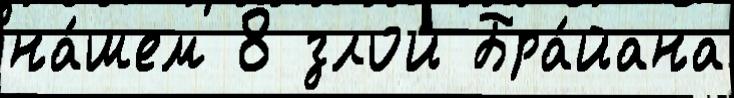
на́шем 8 злой Бра́йана